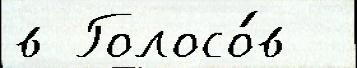
в Голосо́в